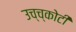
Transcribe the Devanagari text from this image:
उच्च्कोटी